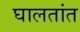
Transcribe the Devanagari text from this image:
घालतांत